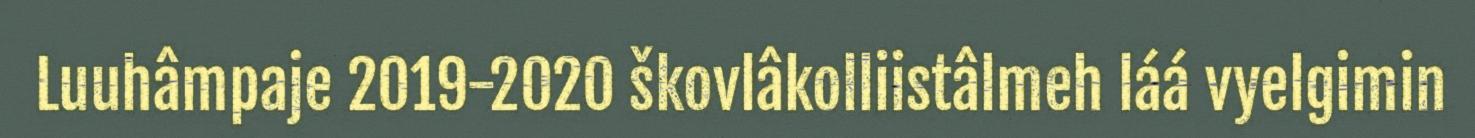
Luuhâmpaje 2019-2020 škovlâkolliistâlmeh láá vyelgimin